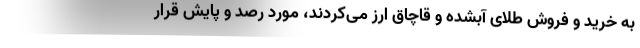
به خرید و فروش طلای آبشده و قاچاق ارز می‌کردند، مورد رصد و پایش قرار